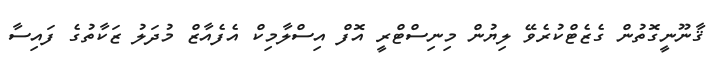
ޤާނޫނީގޮތުން ގެޒެޓްކުރެވޭ ލިޔުން މިނިސްޓްރީ އޮފް އިސްލާމިކް އެފެއާޒް މުދަލު ޒަކާތުގެ ފައިސާ